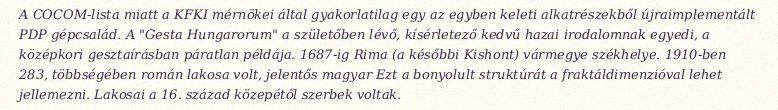
A COCOM-lista miatt a KFKI mérnökei által gyakorlatilag egy az egyben keleti alkatrészekből újraimplementált PDP gépcsalád. A "Gesta Hungarorum" a születőben lévő, kísérletező kedvű hazai irodalomnak egyedi, a középkori gesztaírásban páratlan példája. 1687-ig Rima (a későbbi Kishont) vármegye székhelye. 1910-ben 283, többségében román lakosa volt, jelentős magyar Ezt a bonyolult struktúrát a fraktáldimenzióval lehet jellemezni. Lakosai a 16. század közepétől szerbek voltak.